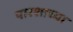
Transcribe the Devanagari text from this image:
पारशाच्या